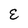
Character: E